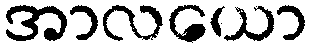
အာလယော